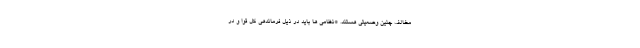
مخالف چنین وضعیتی هستند. *نظامی ها باید در ذیل فرماندهی کل قوا و در